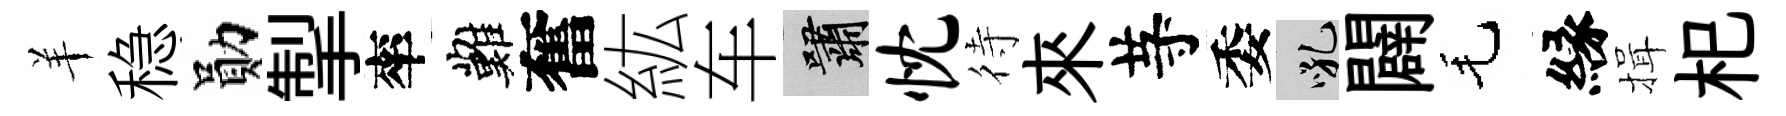
羊稳勛掣率難奮紘车嘯忱待來䒭委吼闢毛縁揖𣏌